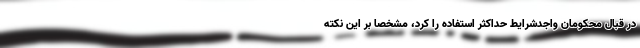
در قبال محکومان واجدشرایط حداکثر استفاده را کرد، مشخصاً بر این نکته